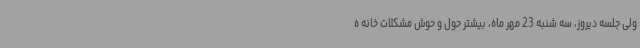
ولی جلسه دیروز، سه شنبه 23 مهر ماه، بیشتر حول و حوش مشکلات خانه ه